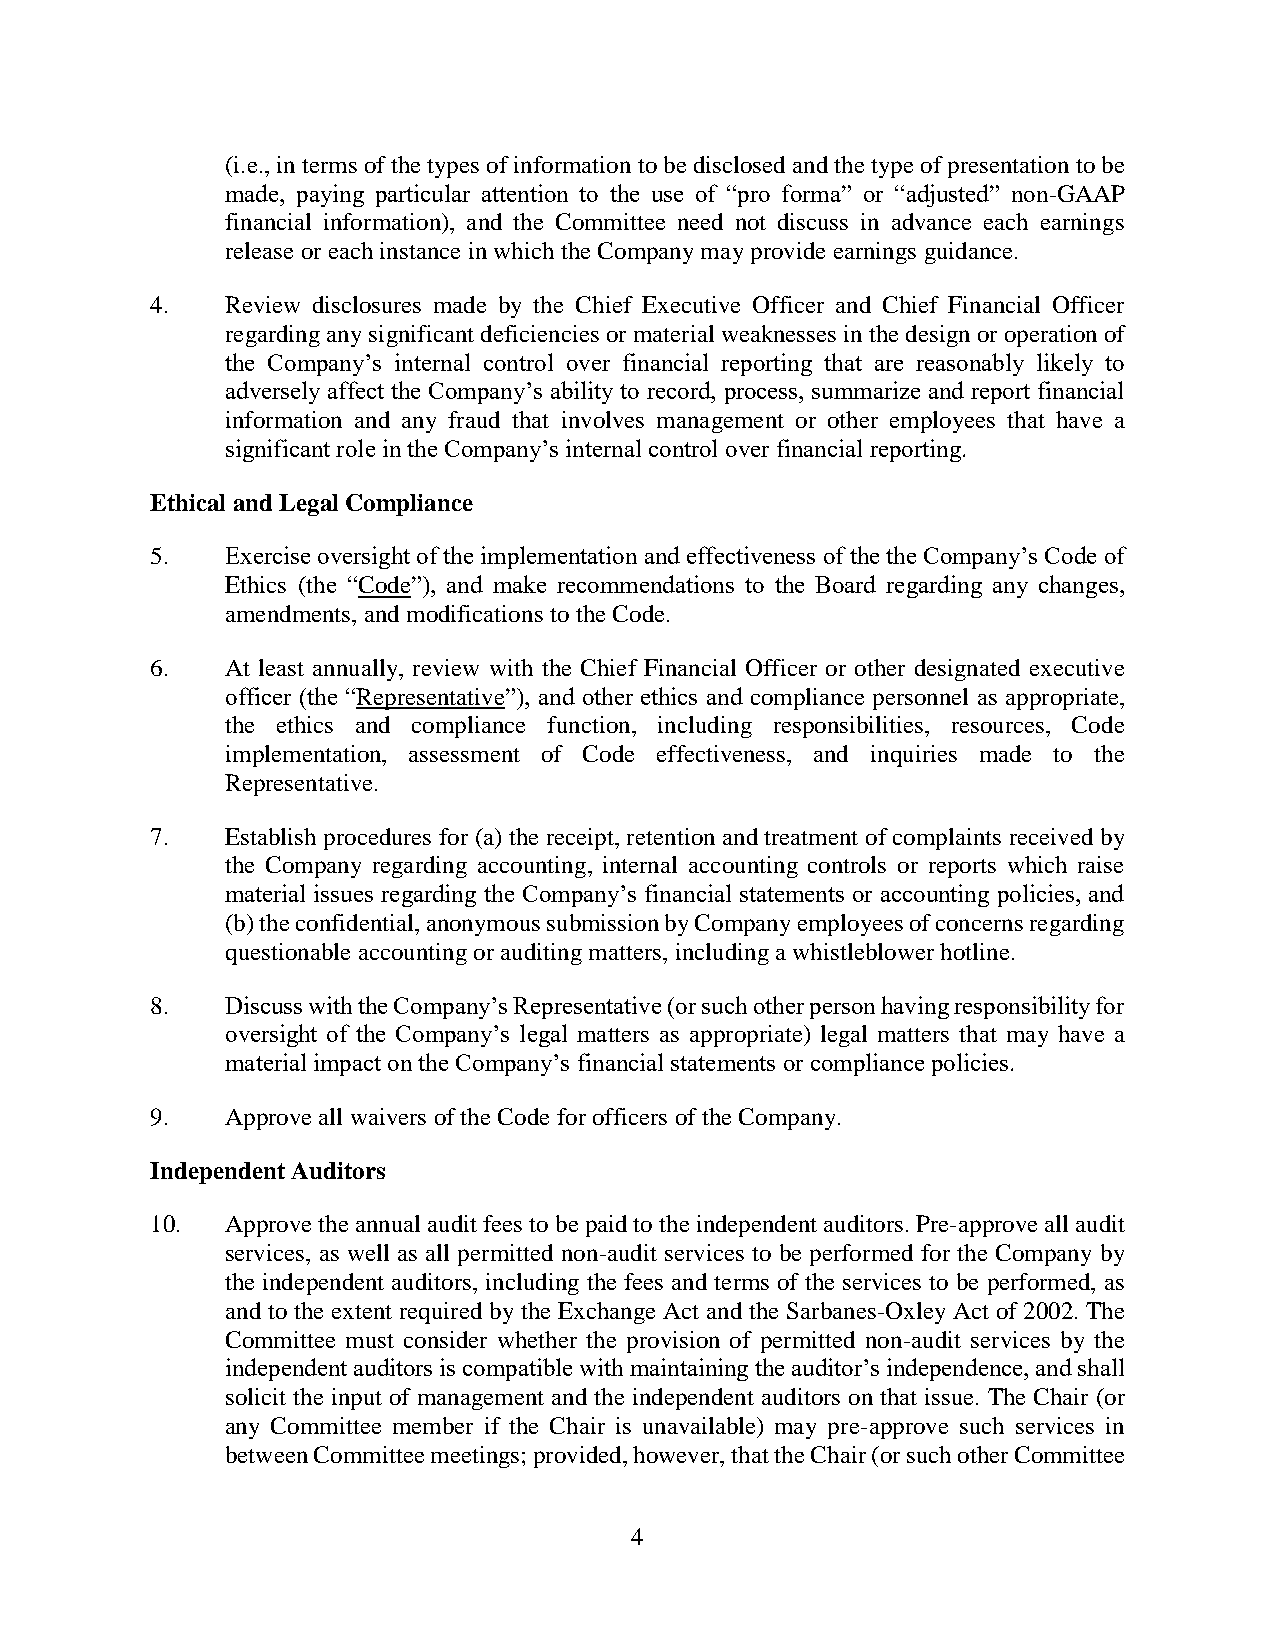
(i.e., in terms of the types of information to be disclosed and the type of presentation to be
 made, paying particular attention to the use of “pro forma” or “adjusted” non-GAAP
 financial information), and the Committee need not discuss in advance each earnings
 release or each instance in which the Company may provide earnings guidance.
 4.   Review disclosures made by the Chief Executive Officer and Chief Financial Officer
 regarding any significant deficiencies or material weaknesses in the design or operation of
 the Company’s internal control over financial reporting that are reasonably likely to
 adversely affect the Company’s ability to record, process, summarize and report financial
 information and any fraud that involves management or other employees that have a
 significant role in the Company’s internal control over financial reporting.
 Ethical and Legal Compliance
 5.   Exercise oversight of the implementation and effectiveness of the the Company’s Code of
 Ethics (the “Code”), and make recommendations to the Board regarding any changes,
 amendments, and modifications to the Code.
 6.   At least annually, review with the Chief Financial Officer or other designated executive
 officer (the “Representative”), and other ethics and compliance personnel as appropriate,
 the ethics and compliance function, including responsibilities, resources, Code
 implementation, assessment of Code effectiveness, and inquiries made to the
 Representative.
 7.   Establish procedures for (a) the receipt, retention and treatment of complaints received by
 the Company regarding accounting, internal accounting controls or reports which raise
 material issues regarding the Company’s financial statements or accounting policies, and
 (b) the confidential, anonymous submission by Company employees of concerns regarding
 questionable accounting or auditing matters, including a whistleblower hotline.
 8.   Discuss with the Company’s Representative (or such other person having responsibility for
 oversight of the Company’s legal matters as appropriate) legal matters that may have a
 material impact on the Company’s financial statements or compliance policies.
 9.   Approve all waivers of the Code for officers of the Company.
 Independent Auditors
 10.  Approve the annual audit fees to be paid to the independent auditors. Pre-approve all audit
 services, as well as all permitted non-audit services to be performed for the Company by
 the independent auditors, including the fees and terms of the services to be performed, as
 and to the extent required by the Exchange Act and the Sarbanes-Oxley Act of 2002. The
 Committee must consider whether the provision of permitted non-audit services by the
 independent auditors is compatible with maintaining the auditor’s independence, and shall
 solicit the input of management and the independent auditors on that issue. The Chair (or
 any Committee member if the Chair is unavailable) may pre-approve such services in
 between Committee meetings; provided, however, that the Chair (or such other Committee
 4